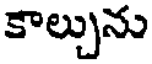
కాల్చును